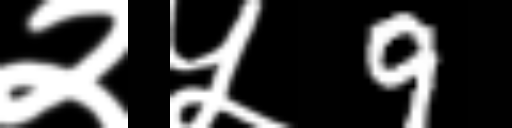
Text: २५9